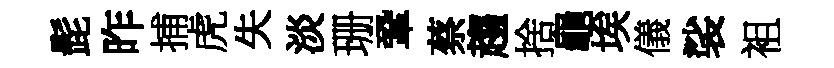
髭昨捕虎失淡珊鞏蔡趨捨龜埃儀裟袓